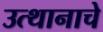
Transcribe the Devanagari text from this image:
उत्थानाचे